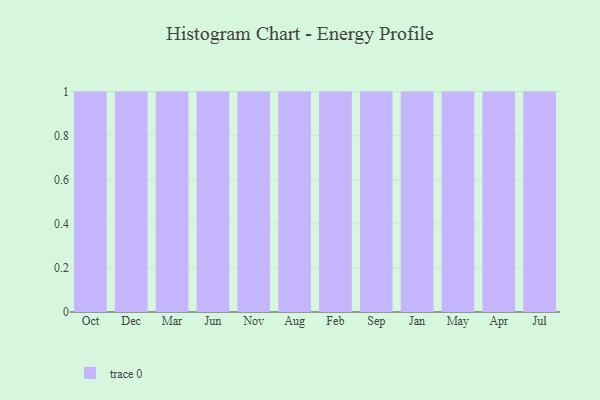
{"axis": {"x": "Month", "y": "Waste Production (Tons)"}, "legend": [""], "data": [{"x": "Oct", "y": 33, "type": ""}, {"x": "Dec", "y": 94, "type": ""}, {"x": "Mar", "y": 89, "type": ""}, {"x": "Jun", "y": 55, "type": ""}, {"x": "Nov", "y": 25, "type": ""}, {"x": "Aug", "y": 60, "type": ""}, {"x": "Feb", "y": 20, "type": ""}, {"x": "Sep", "y": 54, "type": ""}, {"x": "Jan", "y": 84, "type": ""}, {"x": "May", "y": 94, "type": ""}, {"x": "Apr", "y": 41, "type": ""}, {"x": "Jul", "y": 51, "type": ""}]}